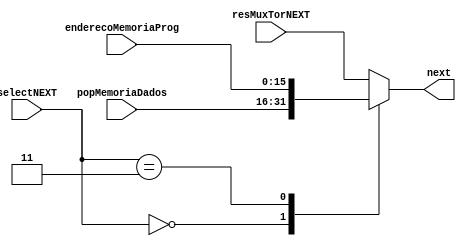
module muxNEXT
#(parameter DATA_WIDTH=16)
(
	input [DATA_WIDTH-1:0] popMemoriaDados,
	input [DATA_WIDTH-1:0] enderecoMemoriaProg,
	input [DATA_WIDTH-1:0] resMuxTorNEXT,
	input [1:0] selectNEXT,
	output wire [DATA_WIDTH-1:0] next
);

	reg [DATA_WIDTH-1:0] res;
	
	assign next = res;
	
	always @(*)
		begin
			case(selectNEXT)
				2'b00: res <= popMemoriaDados;
				2'b01: res <= resMuxTorNEXT;
				2'b11: res <= enderecoMemoriaProg;
				default: res <= resMuxTorNEXT;
			endcase 
		end
endmodule